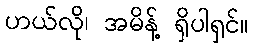
ဟယ်လို၊ အမိန့် ရှိပါရှင်။